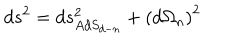
d s ^ { 2 } = d s _ { A d S _ { d - n } } ^ { 2 } + \left( d \Omega _ { n } \right) ^ { 2 }